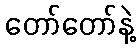
တော်တော်နဲ့